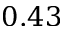
0 . 4 3